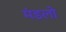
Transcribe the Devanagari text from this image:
मंडलो